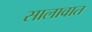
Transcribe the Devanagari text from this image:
सालावात